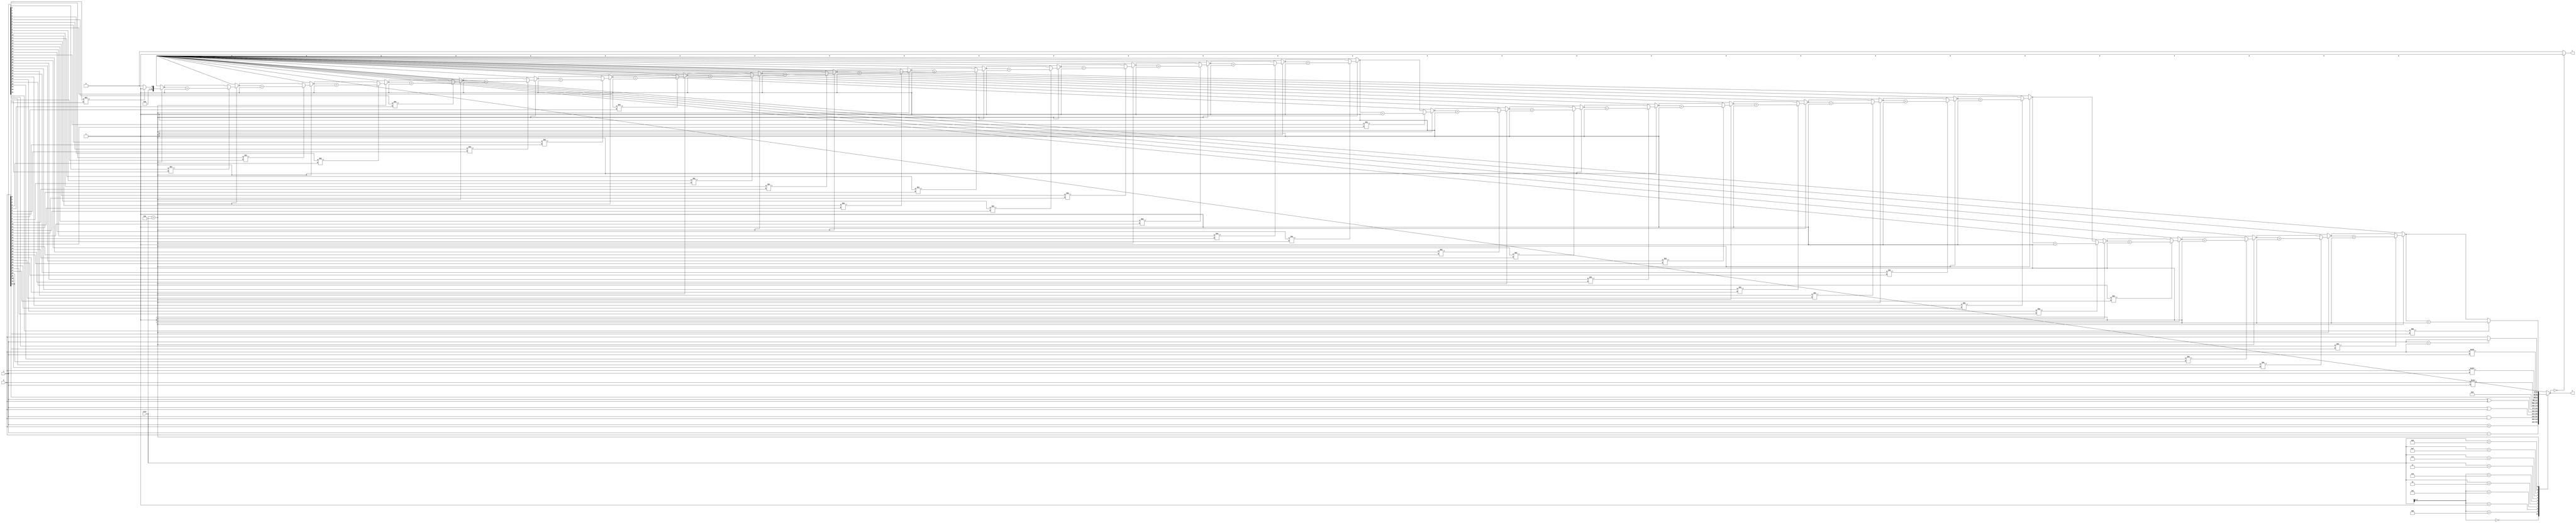
module alu (a,b,aluc,s,z);
   input [31:0] a,b;
   input [3:0] aluc;
   output [31:0] s;
   output        z;
   reg [31:0] s;
   reg        z;
	integer i;
   always @ (a or b or aluc) 
      begin                                   // event
         casex (aluc)
             4'bx000: s = a + b;              //x000 ADD
             4'bx100: s = a - b;              //x100 SUB
             4'bx001: s = a & b;              //x001 AND
             4'bx101: s = a | b;              //x101 OR
             4'b0010: s = a ^ b;              //0010 XOR
             4'bx110: s = b <<< 16;           //x110 LUI: imm << 16bit             
             4'b0011: s = b <<< a;            //0011 SLL: rd <- (rt << sa)
             4'b0111: s = b >>> a;            //0111 SRL: rd <- (rt >> sa) (logical)
             4'b1111: s = $signed(b) >>> a;   //1111 SRA: rd <- (rt >> sa) (arithmetic)
				 4'b1011: s = (a>b)? a:b;         //1011 MAX: rd <- max(rs,rt)
				 4'b1010: begin                   //1010 HAM
								s=0;
								for(i=0;i<32;i=i+1)
									begin
									if(a[i]!=b[i])
										s=s+1;
									end
							 end 
             default: s = 0;
         endcase
         if (s == 0 )  z = 1;
            else z = 0;         
      end      
endmodule